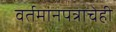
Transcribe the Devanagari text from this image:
वर्तमानपत्राचेही